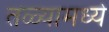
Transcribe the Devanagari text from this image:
तळ्यामध्ये